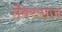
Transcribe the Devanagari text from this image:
तँवरराज